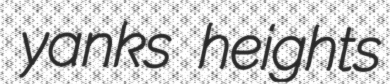
yanks heights